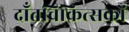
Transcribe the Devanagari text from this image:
दाँतचिकित्सकों